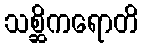
သစ္ဆိကရောတိ